Madras plague regulations and rules for district municipalities and other towns and villages
Disease focus: Plague
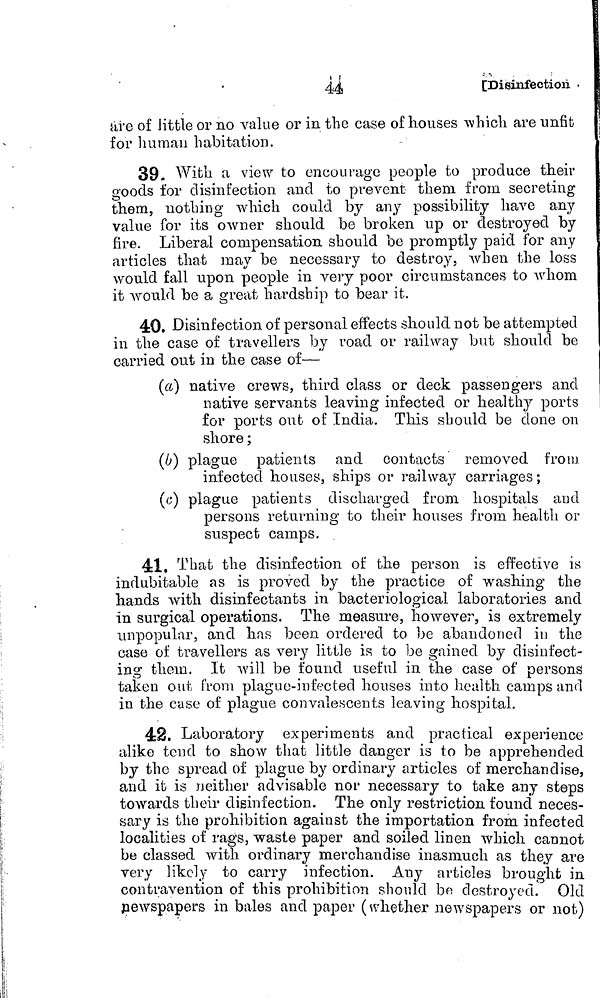
44
[Disinfection. -
are of iitble or no value or in the case of houses \vhich are unfit
for human habitation.
39. With a view to encourage people to produce their
goods for disinfection and to prevent them from secreting
them, nothing which could by any possibility have any
value for its owner should be broken up or destroyed by
fire. Liberal compensation should be promptly paid for any
articles that may be necessary to destroy, when the loss
would fall upon people in very poor circumstances to whom
it would be a great hardship to bear it.
40, Disinfection of personal effects should not be attempted
in the case of travellers by road or railway but should be
carried out in the case of—
(a) native crews, third class or deck passengers and
native servants leaving infected or healthy ports
for ports out of India. This should be done on
shore ;
(b) plague patients and contacts removed from
infected houses, ships or railway carriages;
(c) plague patients discharged from hospitals and
persons returning to their houses from health or
suspect camps.
41. That the disinfection of the person is effective is
indubitable as is proved by the practice of washing the
hands with disinfectants in bacteriological laboratories and
in surgical operations. The measure, however, is extremely
unpopular, and has been ordered to be abandoned in the
case of travellers as very little is to be gained by disinfect-
ing them. It will be found useful in the case of persons
taken out from plague-infected houses into health camps and
in the case of plague convalescents leaving hospital.
42, Laboratory experiments and practical experience
alike tend to show that little danger is to be apprehended
by the spread of plague by ordinary articles of merchandise,
and it is neither advisable nor necessary to take any steps
towards their disinfection. The only restriction found neces-
sary is the prohibition against the importation from infected
localities of rags, waste paper and soiled linen which cannot
be classed with ordinary merchandise inasmuch as they are
very likely to carry infection. Any articles brought in
contravention of this prohibition should bo destroyed. Old
newspapers in bales and paper (whether newspapers or not)